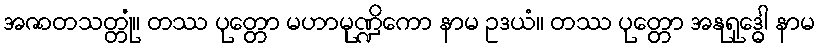
အဇာတသတ္တုံ။ တဿ ပုတ္တော မဟာမုဏ္ဍိကော နာမ ဥဒယံ။ တဿ ပုတ္တော အနုရုဒ္ဓေါ နာမ